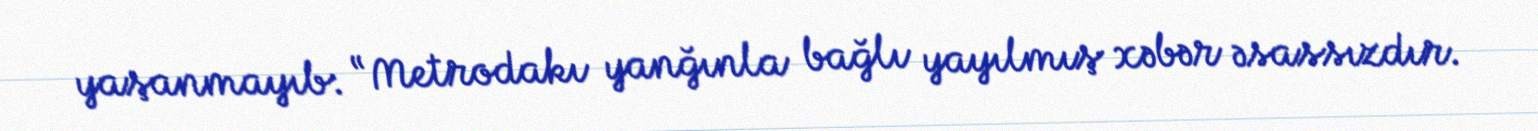
yaşanmayıb: “Metrodakı yanğınla bağlı yayılmış xəbər əsassızdır.